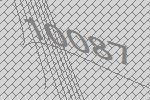
10087